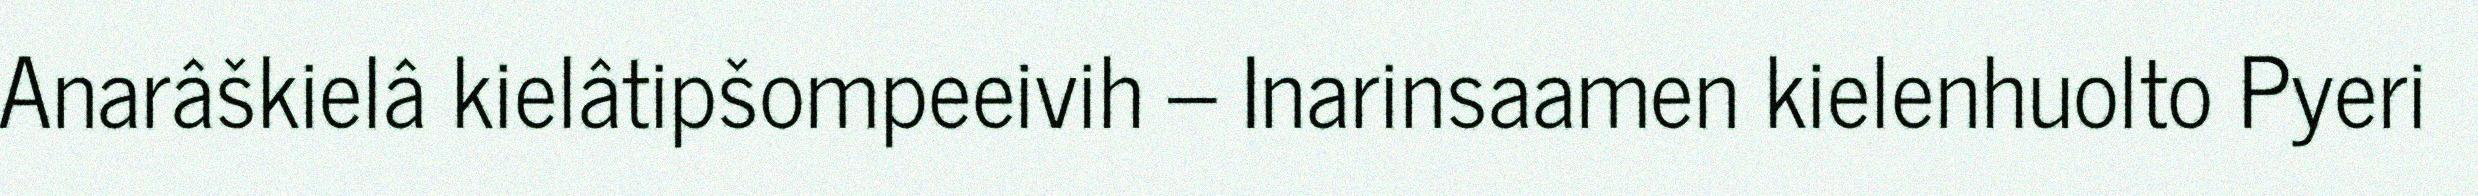
Anarâškielâ kielâtipšompeeivih – Inarinsaamen kielenhuolto Pyeri